Newspaper: The Washington times.
Place of publication: Washington, D.C.
Publisher: Washington Times Pub. Co.
Date: 1895-02-12 00:00:00
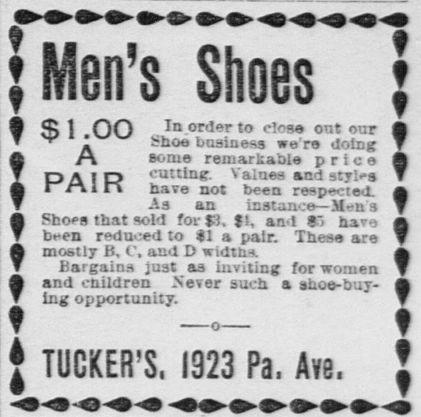
Advertisement text (OCR):
S5frS!l5dHUUS i u-i- uZZ f f f t f f t t f f t $1.00 A In order to close ont our Shoe business we're doing some remarkable price cutting: alues and stilus have not been resoecied PAIR -As an instance Men s Shoes that sold for $3. f 1, and $5 have been reduced to 31 a pair. These are mostly B, C, and D widths. Bargains Just as Inviting for women and children NeTer such, a shoe-buying opportunity. TIMER'S, 1923 Pa. Ave.
Label: text-only